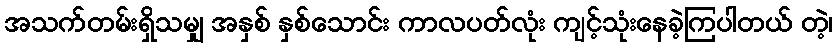
အသက်တမ်းရှိသမျှ အနှစ် နှစ်သောင်း ကာလပတ်လုံး ကျင့်သုံးနေခဲ့ကြပါတယ် တဲ့၊